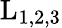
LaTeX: \mathrm{L_{1,2,3}}